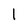
Character: l